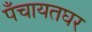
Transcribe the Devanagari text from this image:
पँचायतघर